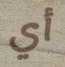
أي